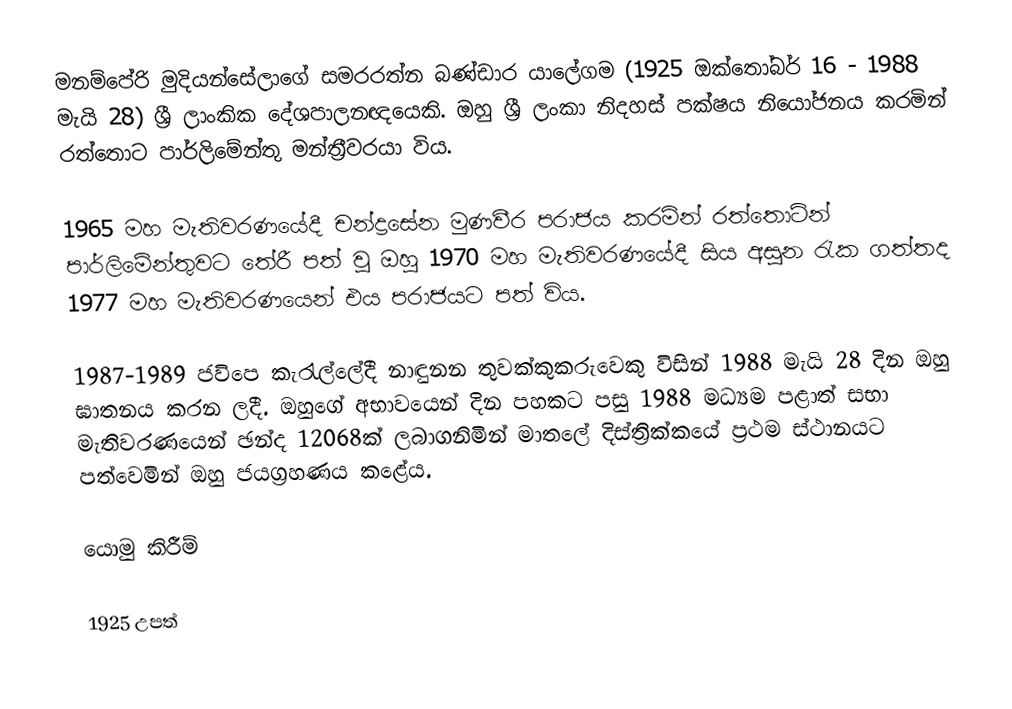
මනම්පේරි මුදියන්සේලාගේ සමරරත්න බණ්ඩාර යාලේගම (1925 ඔක්තෝබර් 16 - 1988 මැයි 28) ශ්‍රී ලාංකික දේශපාලනඥයෙකි. ඔහු ශ්‍රී ලංකා නිදහස් පක්ෂය නියෝජනය කරමින් රත්තොට පාර්ලිමේන්තු මන්ත්‍රීවරයා විය.

1965 මහ මැතිවරණයේදී චන්ද්‍රසේන මුණවීර පරාජය කරමින් රත්තොටින් පාර්ලිමේන්තුවට තේරී පත් වූ ඔහු 1970 මහ මැතිවරණයේදී සිය අසුන රැක ගත්තද 1977 මහ මැතිවරණයෙන් එය පරාජයට පත් විය.

1987-1989 ජවිපෙ කැරැල්ලේදී නාඳුනන තුවක්කුකරුවෙකු විසින් 1988 මැයි 28 දින ඔහු ඝාතනය කරන ලදී. ඔහුගේ අභාවයෙන් දින පහකට පසු 1988 මධ්‍යම පළාත් සභා මැතිවරණයෙන් ඡන්ද 12068ක් ලබාගනිමින් මාතලේ දිස්ත්‍රික්කයේ ප්‍රථම ස්ථානයට පත්වෙමින් ඔහු ජයග්‍රහණය කළේය.

යොමු කිරීම්

1925 උපත්